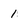
Character: 1